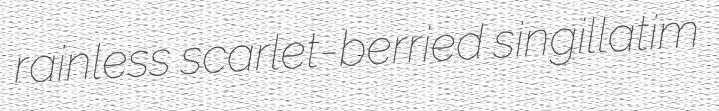
rainless scarlet-berried singillatim